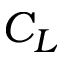
C _ { L }